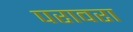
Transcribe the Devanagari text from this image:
परावरा